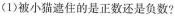
(1)被小猫遮住的是正数还是负数?